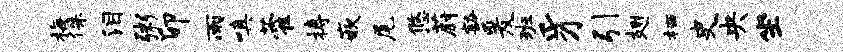
梅侏泪粥卯雨嗔藿搏嵌尾悠蔚豁爰班豸引翅栖史央坐